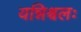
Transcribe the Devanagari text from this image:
यन्निश्चलः